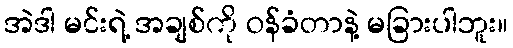
အဲဒါ မင်းရဲ့ အချစ်ကို ဝန်ခံတာနဲ့ မခြားပါဘူး။